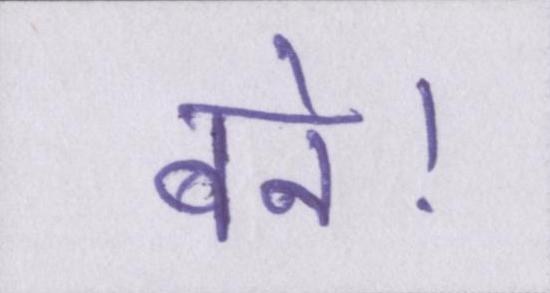
बने।